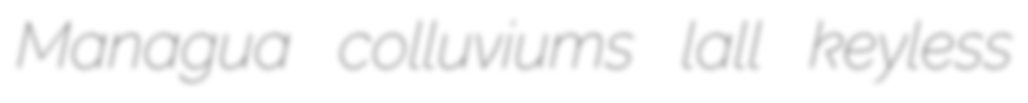
Managua colluviums lall keyless